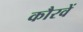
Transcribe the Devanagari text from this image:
कौरवें